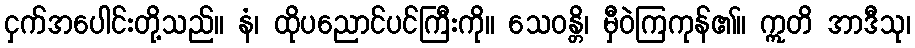
ငှက်အပေါင်းတို့သည်။ နံ၊ ထိုပညောင်ပင်ကြီးကို။ သေဝန္တိ၊ မှီဝဲကြကုန်၏။ ဣတိ အာဒီသု၊